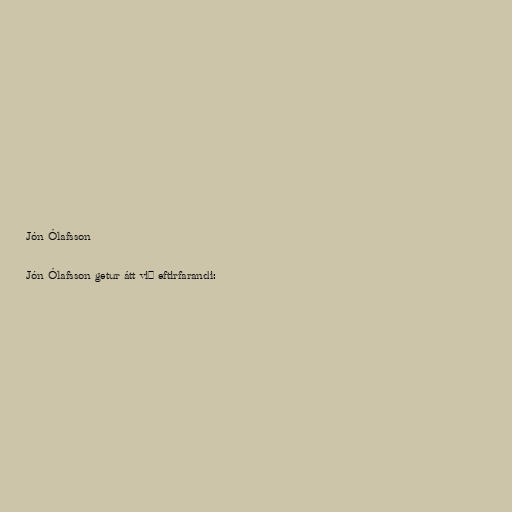
Jón Ólafsson

Jón Ólafsson getur átt við eftirfarandi: